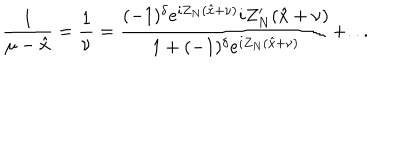
\displaystyle \frac { 1 } { \mu - \hat { x } } = \displaystyle \frac { 1 } { \nu } = \displaystyle \frac { ( - 1 ) ^ { \delta } e ^ { i Z _ { N } ( \hat { x } + \nu ) } i Z _ { N } ^ { \prime } ( \hat { x } + \nu ) } { 1 + ( - 1 ) ^ { \delta } e ^ { i Z _ { N } ( \hat { x } + \nu ) } } + . . .